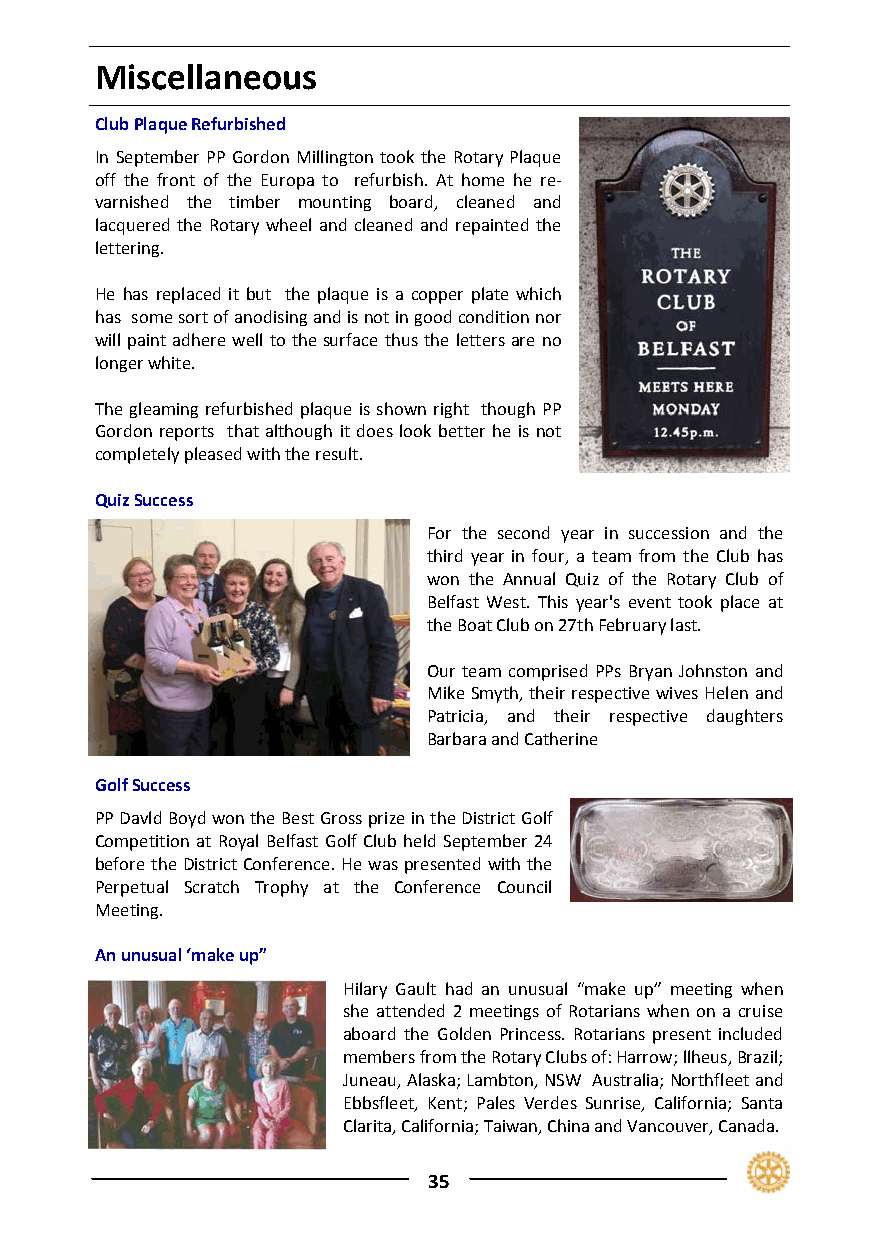
Miscellaneous
 Club Plaque Refurbished
 In September PP Gordon Millington took the Rotary Plaque
 off the front of the Europa to refurbish. At home he re‐
 varnished the timber mounting board, cleaned and
 lacquered the Rotary wheel and cleaned and repainted the
 lettering.
 He has replaced it but the plaque is a copper plate which
 has some sort of anodising and is not in good condition nor
 will paint adhere well to the surface thus the letters are no
 longer white.
 The gleaming refurbished plaque is shown right though PP
 Gordon reports that although it does look better he is not
 completely pleased with the result.
 Quiz Success
 For the second year in succession and the
 third year in four, a team from the Club has
 won the Annual Quiz of the Rotary Club of
 Belfast West. This year's event took place at
 the Boat Club on 27th February last.
 Our team comprised PPs Bryan Johnston and
 Mike Smyth, their respective wives Helen and
 Patricia, and their respective daughters
 Barbara and Catherine
 Golf Success
 PP Davld Boyd won the Best Gross prize in the District Golf
 Competition at Royal Belfast Golf Club held September 24
 before the District Conference. He was presented with the
 Perpetual Scratch Trophy at the Conference Council
 Meeting.
 An unusual ‘make up”
 Hilary Gault had an unusual “make up” meeting when
 she attended 2 meetings of Rotarians when on a cruise
 aboard the Golden Princess. Rotarians present included
 members from the Rotary Clubs of: Harrow; llheus, Brazil;
 Juneau, Alaska; Lambton, NSW Australia; Northfleet and
 Ebbsfleet, Kent; Pales Verdes Sunrise, California; Santa
 Clarita, California; Taiwan, China and Vancouver, Canada.
 35